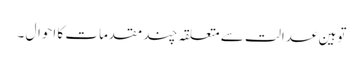
توہین عدالت سے متعلقہ چند مقدمات کا احوال ۔